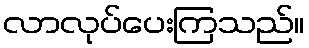
လာလုပ်ပေးကြသည်။